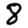
Digit: 8